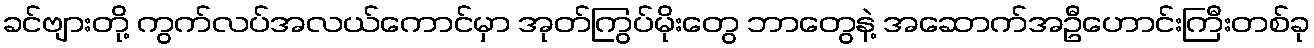
ခင်ဗျားတို့ ကွက်လပ်အလယ်ကောင်မှာ အုတ်ကြွပ်မိုးတွေ ဘာတွေနဲ့ အဆောက်အဦဟောင်းကြီးတစ်ခု